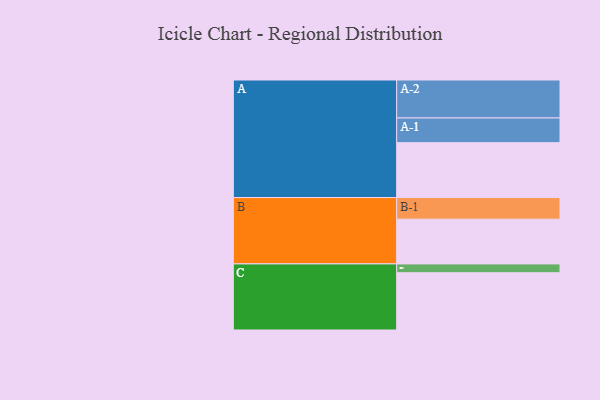
{"axis": {"x": "Segment", "y": "Value"}, "legend": ["", "A", "B", "C"], "data": [{"x": "A", "y": 386, "type": ""}, {"x": "B", "y": 315, "type": ""}, {"x": "C", "y": 403, "type": ""}, {"x": "A-1", "y": 174, "type": "A"}, {"x": "A-2", "y": 267, "type": "A"}, {"x": "B-1", "y": 152, "type": "B"}, {"x": "C-1", "y": 62, "type": "C"}]}